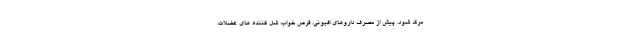
مرگ شود. پیش از مصرف داروهای افیونی، قرص خواب، شل کننده های عضلات،